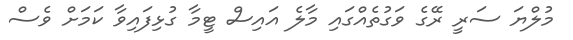
މުލްޔަ ސަރީ ރޭގެ ވަގުތެއްގައި މާލެ އައިސް ޓީމާ ގުޅިފައިވާ ކަމަށް ވެސް